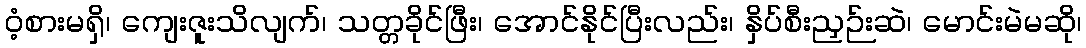
ဝံ့စားမရှိ၊ ကျေးဇူးသိလျက်၊ သတ္တခိုင်ဖြီး၊ အောင်နိုင်ပြီးလည်း၊ နှိပ်စီးညှဉ်းဆဲ၊ မောင်းမဲမဆို၊